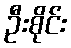
ဦးစိုင်း